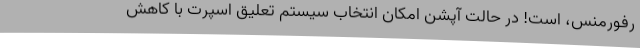
رفورمنس، است! در حالت آپشن امکان انتخاب سیستم تعلیق اسپرت با کاهش